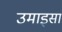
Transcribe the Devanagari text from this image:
उमाइसा